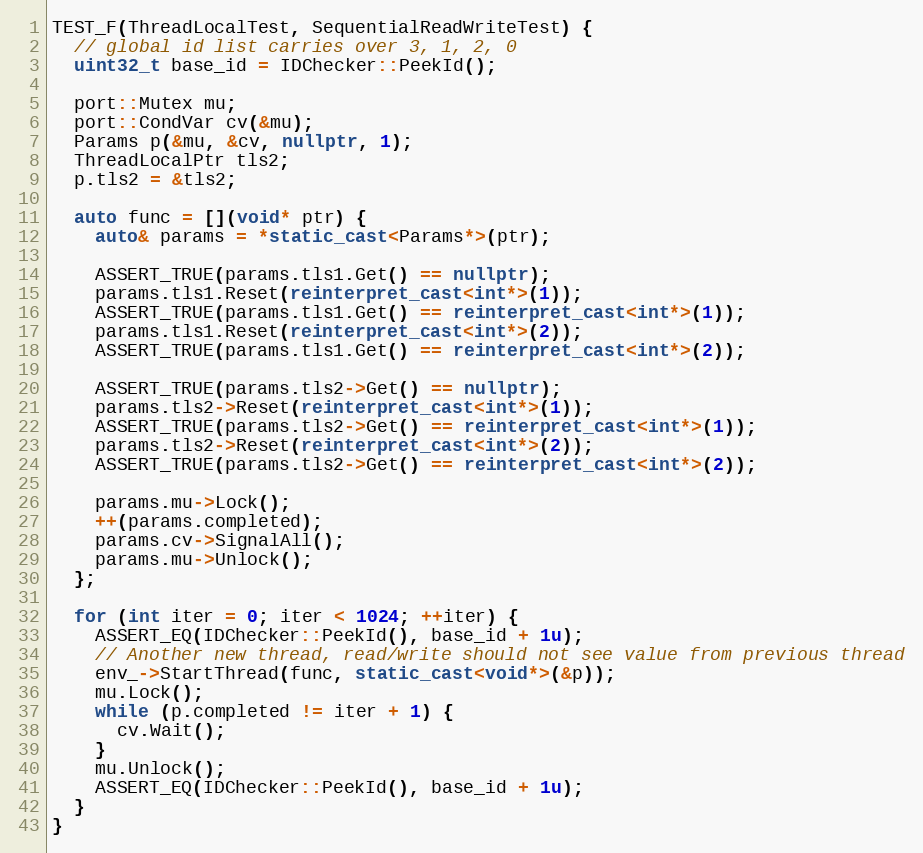
Language: C++
TEST_F(ThreadLocalTest, SequentialReadWriteTest) {
  // global id list carries over 3, 1, 2, 0
  uint32_t base_id = IDChecker::PeekId();

  port::Mutex mu;
  port::CondVar cv(&mu);
  Params p(&mu, &cv, nullptr, 1);
  ThreadLocalPtr tls2;
  p.tls2 = &tls2;

  auto func = [](void* ptr) {
    auto& params = *static_cast<Params*>(ptr);

    ASSERT_TRUE(params.tls1.Get() == nullptr);
    params.tls1.Reset(reinterpret_cast<int*>(1));
    ASSERT_TRUE(params.tls1.Get() == reinterpret_cast<int*>(1));
    params.tls1.Reset(reinterpret_cast<int*>(2));
    ASSERT_TRUE(params.tls1.Get() == reinterpret_cast<int*>(2));

    ASSERT_TRUE(params.tls2->Get() == nullptr);
    params.tls2->Reset(reinterpret_cast<int*>(1));
    ASSERT_TRUE(params.tls2->Get() == reinterpret_cast<int*>(1));
    params.tls2->Reset(reinterpret_cast<int*>(2));
    ASSERT_TRUE(params.tls2->Get() == reinterpret_cast<int*>(2));

    params.mu->Lock();
    ++(params.completed);
    params.cv->SignalAll();
    params.mu->Unlock();
  };

  for (int iter = 0; iter < 1024; ++iter) {
    ASSERT_EQ(IDChecker::PeekId(), base_id + 1u);
    // Another new thread, read/write should not see value from previous thread
    env_->StartThread(func, static_cast<void*>(&p));
    mu.Lock();
    while (p.completed != iter + 1) {
      cv.Wait();
    }
    mu.Unlock();
    ASSERT_EQ(IDChecker::PeekId(), base_id + 1u);
  }
}